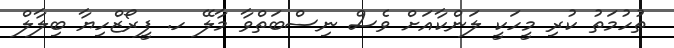
ތުހުމަތު ކުރި މީހަކީ ލަންކާއަށް ވެސް ނިސްބަތްވާ މާލޭ ހ. ފީރޯޒްހިޔާ ބިލާލް